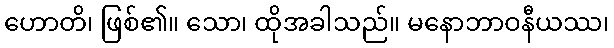
ဟောတိ၊ ဖြစ်၏။ သော၊ ထိုအခါသည်။ မနောဘာဝနီယဿ၊